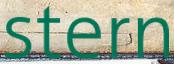
stern